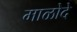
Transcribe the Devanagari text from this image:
माळोदे